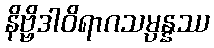
နိဗ္ဗိဒါဝိရာဂသမ္ပန္နဿ